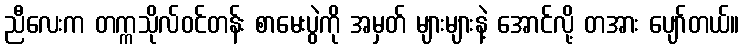
ညီလေးက တက္ကသိုလ်ဝင်တန်း စာမေးပွဲကို အမှတ် များများနဲ့ အောင်လို့ တအား ပျော်တယ်။